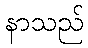
နာသည်